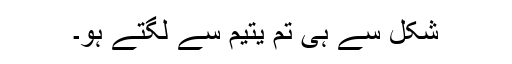
شکل سے ہی تم یتیم سے لگتے ہو۔